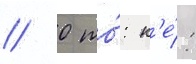
// 0 то́: к'е́: